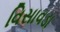
વિસાવડા